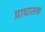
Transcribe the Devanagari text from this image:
प्राघातक